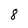
Character: 8